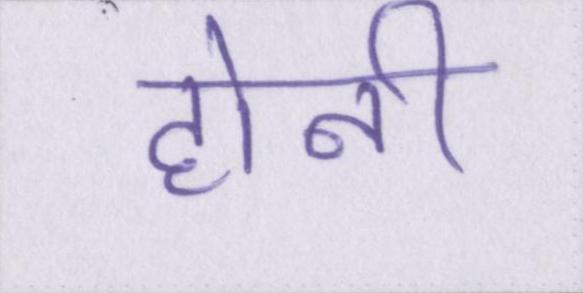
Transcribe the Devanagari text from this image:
होनी